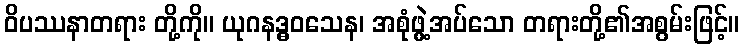
ဝိပဿနာတရား တို့ကို။ ယုဂနဒ္ဓဝသေန၊ အစုံဖွဲ့အပ်သော တရားတို့၏အစွမ်းဖြင့်။